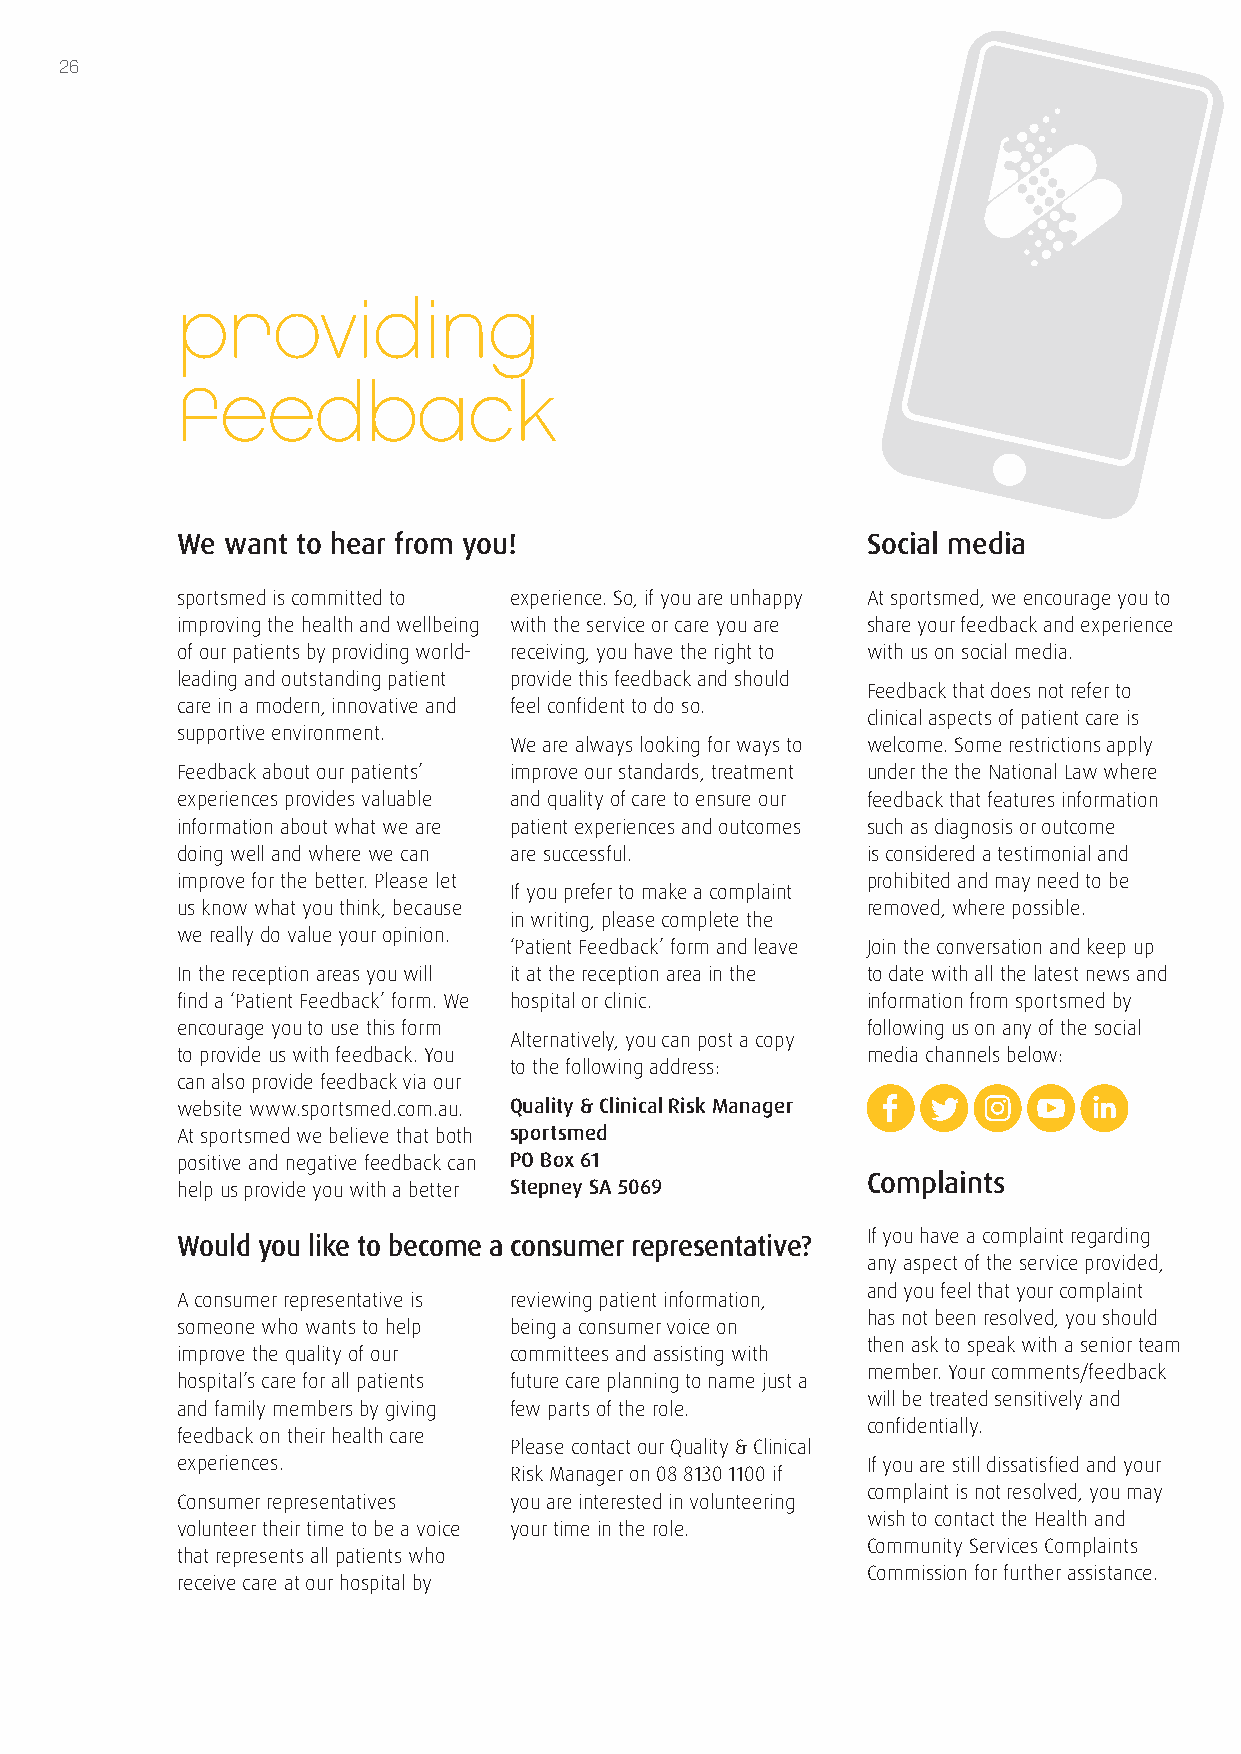
26
 providing
 feedback
 We want to hear from you!                    Social media
 sportsmed is committed to experience. So, if you are unhappy At sportsmed, we encourage you to
 improving the health and wellbeing with the service or care you are share your feedback and experience
 of our patients by providing world- receiving, you have the right to with us on social media.
 leading and outstanding patient provide this feedback and should
 Feedback that does not refer to
 care in a modern, innovative and feel confident to do so.
 clinical aspects of patient care is
 supportive environment.
 We are always looking for ways to welcome. Some restrictions apply
 Feedback about our patients’ improve our standards, treatment under the the National Law where
 experiences provides valuable and quality of care to ensure our feedback that features information
 information about what we are patient experiences and outcomes such as diagnosis or outcome
 doing well and where we can are successful.  is considered a testimonial and
 improve for the better. Please let           prohibited and may need to be
 If you prefer to make a complaint
 us know what you think, because              removed, where possible.
 in writing, please complete the
 we really do value your opinion.
 ‘Patient Feedback’ form and leave Join the conversation and keep up
 In the reception areas you will it at the reception area in the to date with all the latest news and
 find a ‘Patient Feedback’ form. We hospital or clinic. information from sportsmed by
 encourage you to use this form               following us on any of the social
 Alternatively, you can post a copy
 to provide us with feedback. You             media channels below:
 to the following address:
 can also provide feedback via our
 website www.sportsmed.com.au. Quality & Clinical Risk Manager
 At sportsmed we believe that both sportsmed
 positive and negative feedback can PO Box 61
 Complaints
 help us provide you with a better Stepney SA 5069
 If you have a complaint regarding
 Would you like to become a consumer representative?
 any aspect of the service provided,
 and you feel that your complaint
 A consumer representative is reviewing patient information,
 has not been resolved, you should
 someone who wants to help being a consumer voice on
 then ask to speak with a senior team
 improve the quality of our committees and assisting with
 member. Your comments/feedback
 hospital’s care for all patients future care planning to name just a
 will be treated sensitively and
 and family members by giving few parts of the role.
 confidentially.
 feedback on their health care
 Please contact our Quality & Clinical
 experiences.                                 If you are still dissatisfied and your
 Risk Manager on 08 8130 1100 if
 complaint is not resolved, you may
 Consumer representatives you are interested in volunteering
 wish to contact the Health and
 volunteer their time to be a voice your time in the role.
 Community Services Complaints
 that represents all patients who
 Commission for further assistance.
 receive care at our hospital by